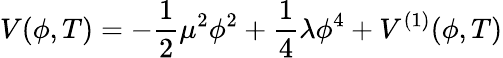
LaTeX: V(\phi,T)=-{\frac{1}{2}}\mu^{2}\phi^{2}+\frac{1}{4}\lambda\phi^{4}+V^{(1)}(\phi,T)